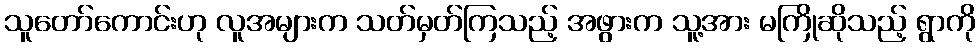
သူတော်ကောင်းဟု လူအများက သတ်မှတ်ကြသည့် အဖွားက သူ့အား မကြိုဆိုသည့် ရွာကို